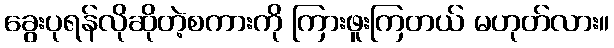
ခွေးပုရန်လိုဆိုတဲ့စကားကို ကြားဖူးကြတယ် မဟုတ်လား။